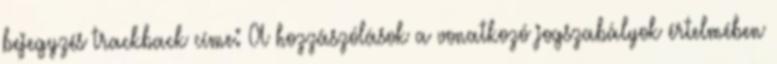
bejegyzés trackback címe: A hozzászólások a vonatkozó jogszabályok értelmében